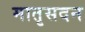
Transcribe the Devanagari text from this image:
मातृसदन